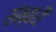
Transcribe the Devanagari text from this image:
संम्बधी